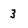
Character: 3